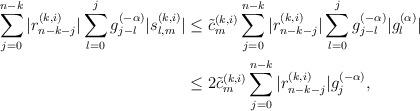
LaTeX: \begin{align*}\sum_{j=0}^{n-k}|r_{n-k-j}^{(k,i)}|\sum_{l=0}^{j}g_{j-l}^{(-\alpha)}|s_{l,m}^{(k,i)}|&\le \tilde{c}_{m}^{(k,i)}\sum_{j=0}^{n-k}|r_{n-k-j}^{(k,i)}|\sum_{l=0}^{j}g_{j-l}^{(-\alpha)}|g_{l}^{(\alpha)}| \\&\le 2\tilde{c}_{m}^{(k,i)}\sum_{j=0}^{n-k}|r_{n-k-j}^{(k,i)}|g_{j}^{(-\alpha)}, \\\end{align*}